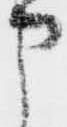
申